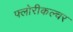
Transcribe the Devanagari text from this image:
फ्लोरीकल्चर